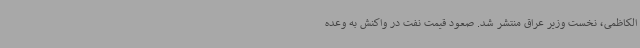
الکاظمی، نخست وزیر عراق منتشر شد. صعود قیمت نفت در واکنش به وعده